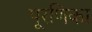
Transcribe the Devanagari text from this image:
पूरणिका